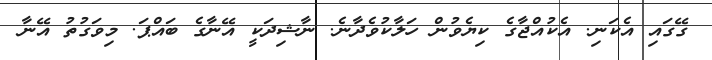
ގޭގައި އެކަނި. އެކުއްޖާގެ ކިޔެވުން ހަލާކުވެދާނެ. ނާޝިދަކީ އޭނާގެ ބައްޕަ. މިވަގުތު އޭނާ